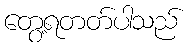
တွေ့ရတတ်ပါသည်